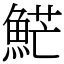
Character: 𩷶